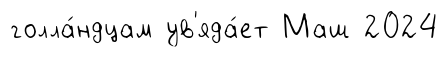
голла́ндцам ув'яда́ет Маш 2024